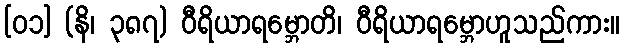
[၀၁] (နိ၊ ၃၈၇) ဝီရိယာရမ္ဘောတိ၊ ဝီရိယာရမ္ဘောဟူသည်ကား။